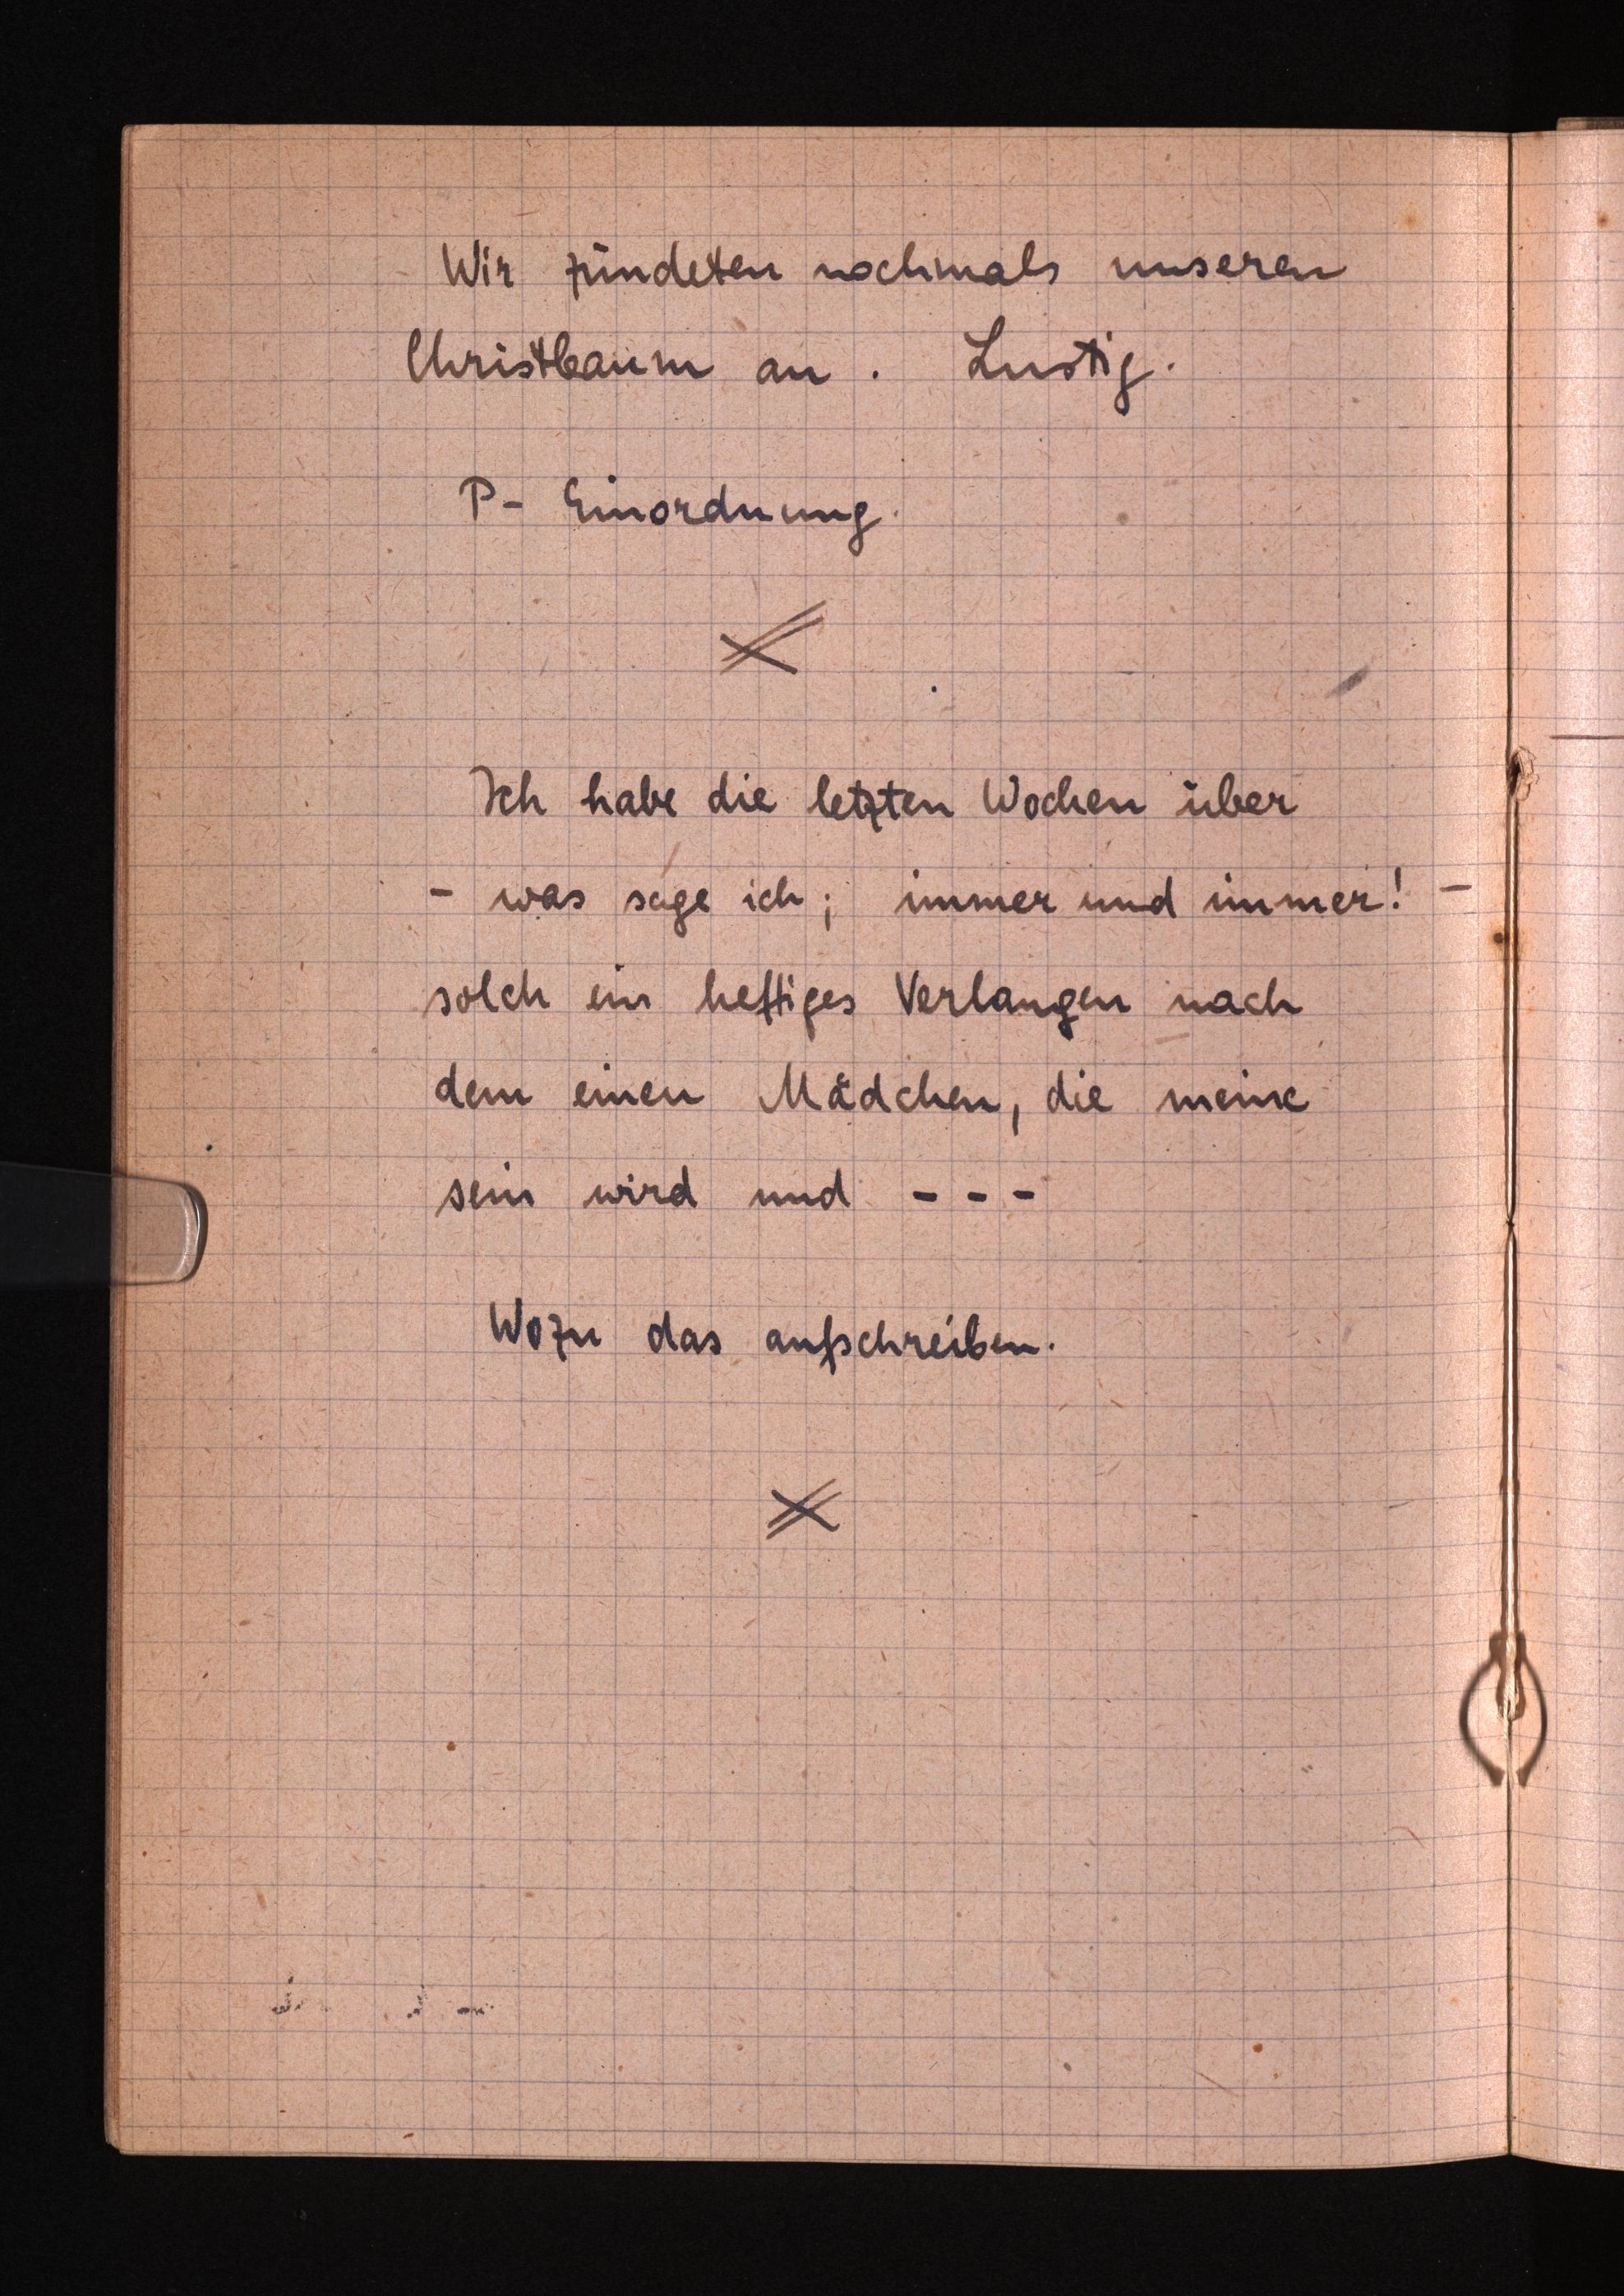
Wir zündeten nochmals unseren
Christbaum an. Lustig.
P-Einordnung
Ich habe die letzten Wochen über
- was sage ich; immer und immer! -
solch ein heftiges Verlangen nach
dem einen Mädchen, die meine
sein wird und - - -
Wozu das aufschreiben.